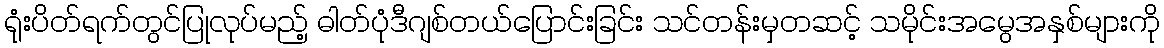
ရုံးပိတ်ရက်တွင်ပြုလုပ်မည့် ဓါတ်ပုံဒီဂျစ်တယ်ပြောင်းခြင်း သင်တန်းမှတဆင့် သမိုင်းအမွေအနှစ်များကို